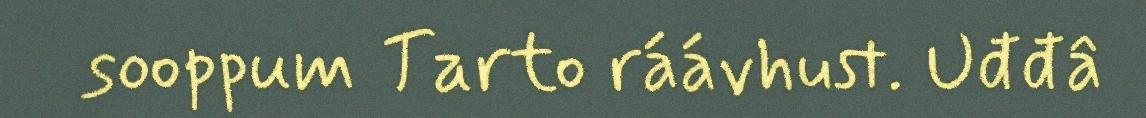
sooppum Tarto ráávhust. Uđđâ